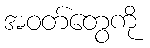
အဝတ်တွေကို